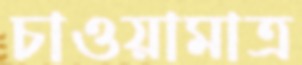
চাওয়ামাত্র